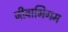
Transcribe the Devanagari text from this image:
जीवाभिगम